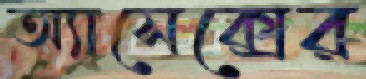
অ্যাসেক্সের